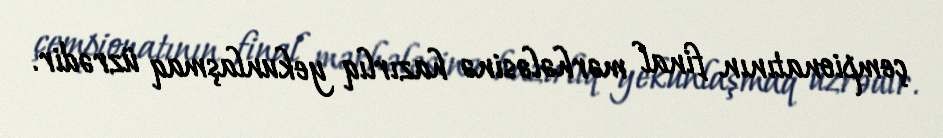
çempionatının final mərhələsinə hazırlıq yekunlaşmaq üzrədir.